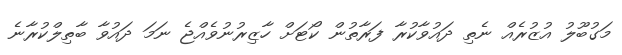
މަގުބޫލު އުޒުރެއް ނެތި ދައުވާކުރާ ފަރާތުން ކޯޓަށް ހާޒިރުނުވެއްޖެ ނަމަ ދައުވާ ބާތިލްކުރާނެ